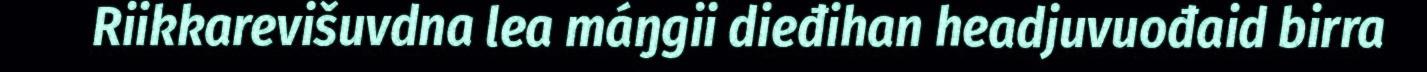
Riikkarevišuvdna lea máŋgii dieđihan headjuvuođaid birra